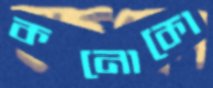
কনোকো